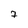
Character: 7